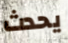
يحدث